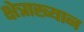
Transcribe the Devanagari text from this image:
क्षेत्राख्यान